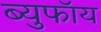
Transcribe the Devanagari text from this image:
ब्युफॉय